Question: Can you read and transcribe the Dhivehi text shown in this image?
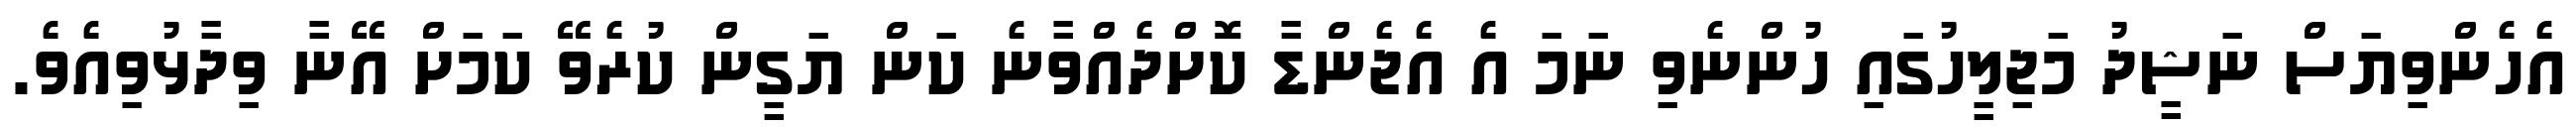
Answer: އެހެންވިޔަސް ނަޝީދު މަޖިލީހުގައި ހުންނެވި ނަމަ އެ އެޖެންޑާ ކޮށްދެއްވާނެ ކަން ޔަގީން ކުރެވޭ ކަމަށް އޭނާ ވިދާޅުވިއެވެ.